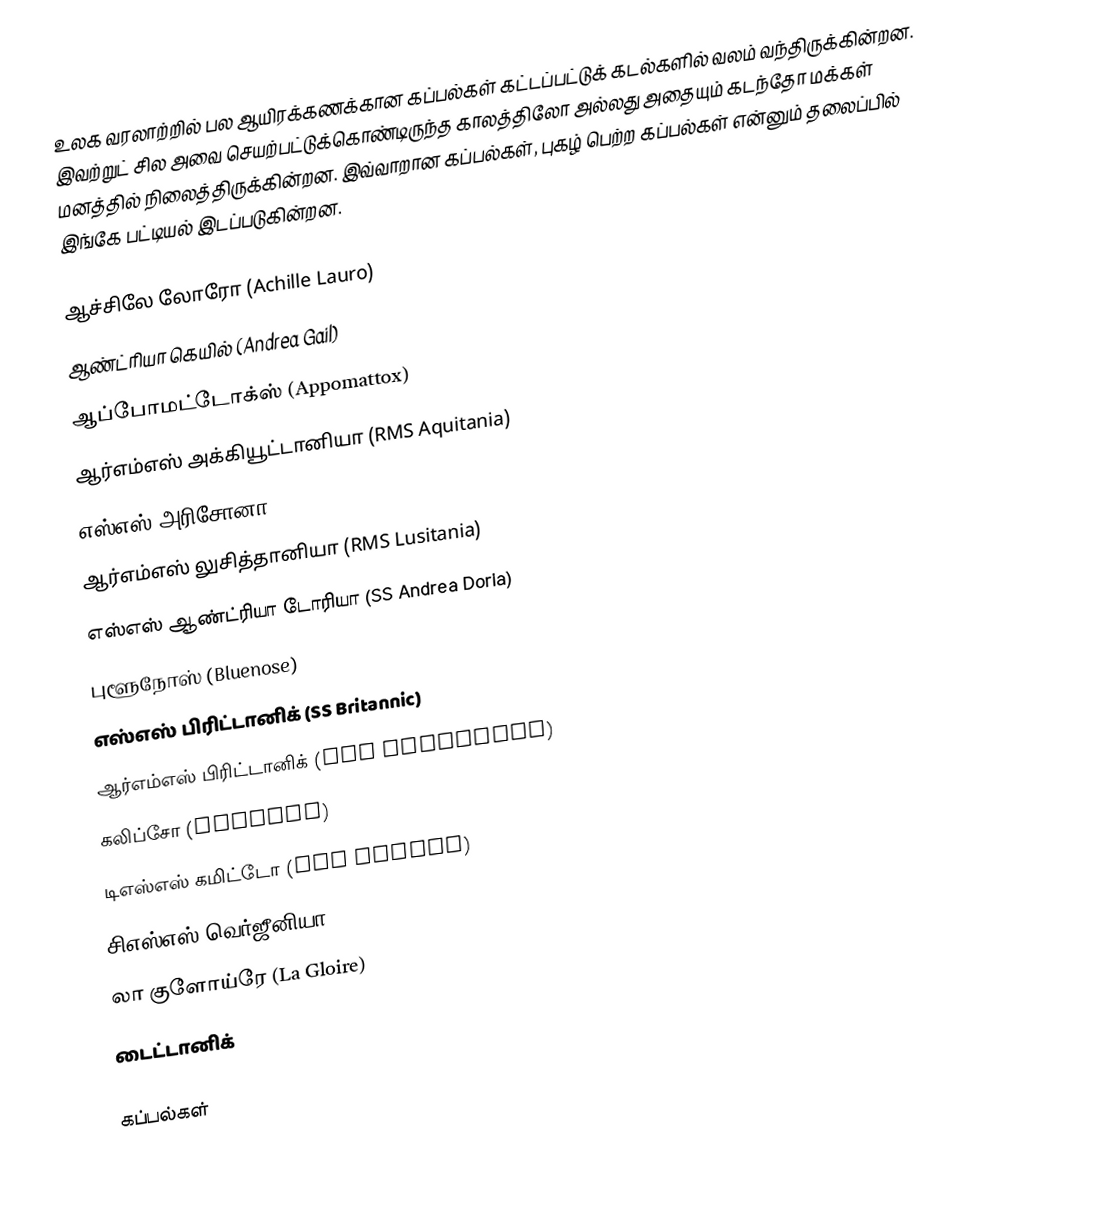
உலக வரலாற்றில் பல ஆயிரக்கணக்கான கப்பல்கள் கட்டப்பட்டுக் கடல்களில் வலம் வந்திருக்கின்றன. இவற்றுட் சில அவை செயற்பட்டுக்கொண்டிருந்த காலத்திலோ அல்லது அதையும் கடந்தோ மக்கள் மனத்தில் நிலைத்திருக்கின்றன. இவ்வாறான கப்பல்கள், புகழ் பெற்ற கப்பல்கள் என்னும் தலைப்பில் இங்கே பட்டியல் இடப்படுகின்றன.

 ஆச்சிலே லோரோ (Achille Lauro)
 ஆண்ட்ரியா கெயில் (Andrea Gail)
 ஆப்போமட்டோக்ஸ் (Appomattox)
 ஆர்எம்எஸ் அக்கியூட்டானியா (RMS Aquitania)
 எஸ்எஸ் அரிசோனா (SS Arizona)
 ஆர்எம்எஸ் லுசித்தானியா (RMS Lusitania)
 எஸ்எஸ் ஆண்ட்ரியா டோரியா (SS Andrea Doria)
 புளூநோஸ் (Bluenose)
 எஸ்எஸ் பிரிட்டானிக் (SS Britannic)
 ஆர்எம்எஸ் பிரிட்டானிக் (RMS Britannic)
 கலிப்சோ (Calypso)
 டிஎஸ்எஸ் கமிட்டோ (TSS Camito)
 சிஎஸ்எஸ் வெர்ஜீனியா (CSS Virginia)
 லா குளோய்ரே (La Gloire)
 டைட்டானிக்

கப்பல்கள்